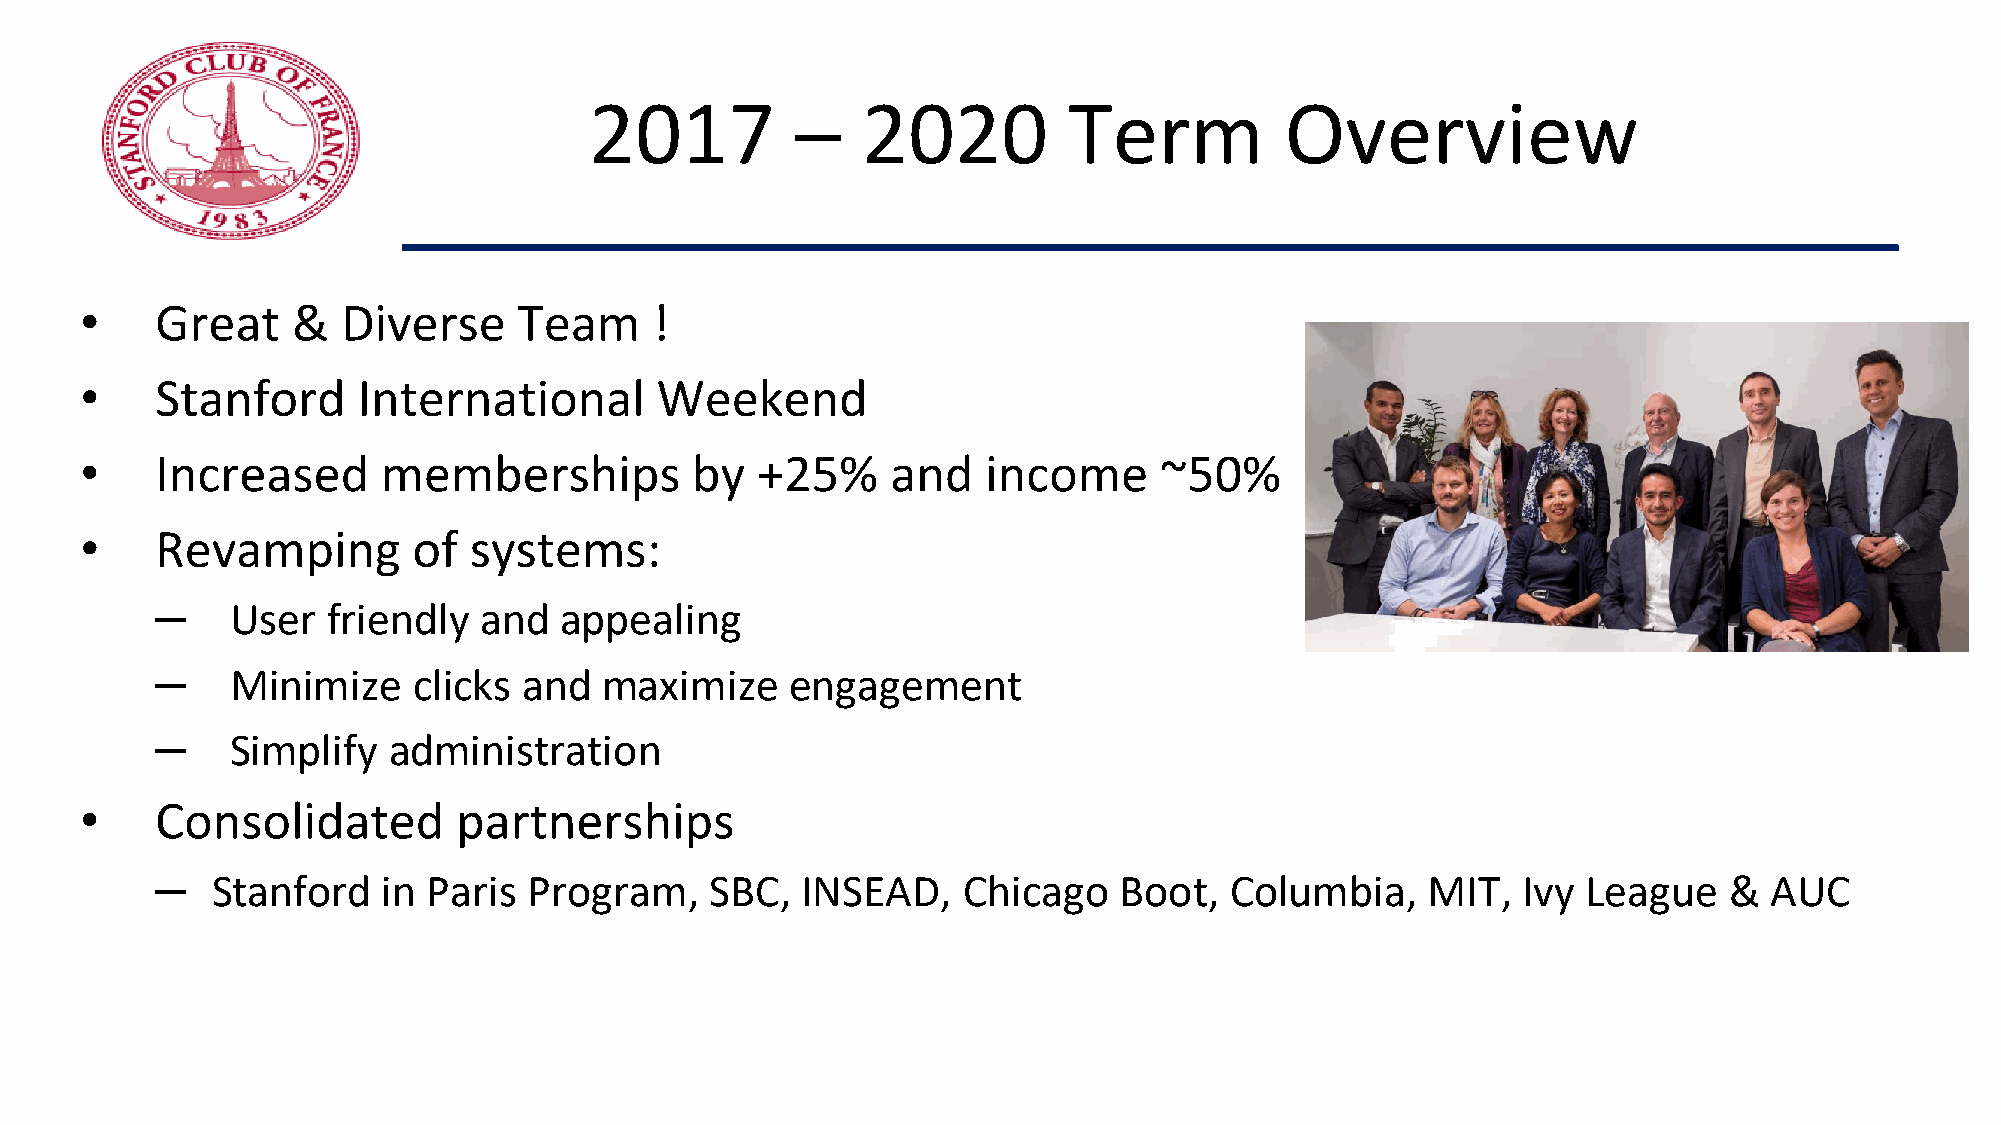
2017          –   2020          Term          Overview
 •    Great    &   Diverse    Team     !
 •    Stanford      International      Weekend
 •    Increased      memberships          by  +25%     and   income      ~50%
 •    Revamping        of  systems:
 –
 User   friendly  and  appealing
 –
 Minimize    clicks  and  maximize    engagement
 –
 Simplify   administration
 •    Consolidated        partnerships
 –
 Stanford   in Paris  Program,    SBC,  INSEAD,    Chicago   Boot,  Columbia,    MIT,   Ivy League   &  AUC